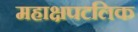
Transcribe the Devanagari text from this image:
महाक्षपटलिक